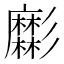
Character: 𢒹